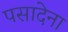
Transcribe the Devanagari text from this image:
पसादेना